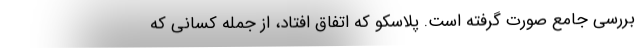
بررسی جامع صورت گرفته است. پلاسکو که اتفاق افتاد، از جمله کسانی که